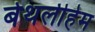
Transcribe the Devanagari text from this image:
बेथलीहेम